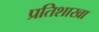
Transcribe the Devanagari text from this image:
प्रतिशाखा